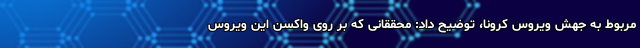
مربوط به جهش ویروس کرونا، توضیح داد: محققانی که بر روی واکسن این ویروس